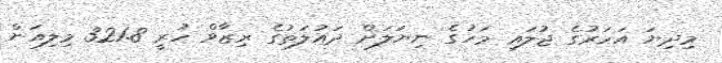
މިދިޔަ އަހަރުގެ ޖުލައި މަހުގެ ނިޔަލަށް ދައުލަތުގެ ރިޒާވް ހުރީ 321.8 މިލިއަން